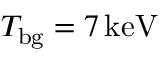
T _ { \mathrm { b g } } = 7 \, \mathrm { k e V }